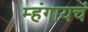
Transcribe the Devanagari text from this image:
म्हंगायचं